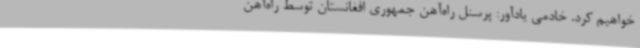
خواهیم کرد. خادمی یادآور: پرسنل راه‌آهن جمهوری افغانستان توسط راه‌آهن